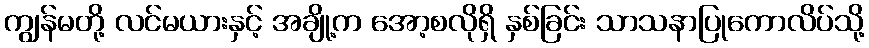
ကျွန်မတို့ လင်မယားနှင့် အချို့က အော့စလိုရှိ နှစ်ခြင်း သာသနာပြုကောလိပ်သို့